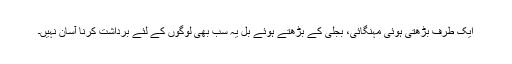
ایک طرف بڑھتی ہوئی مہنگائی، بجلی کے بڑھتے ہوئے بل یہ سب بھی لوگوں کے لئے برداشت کرنا آسان نہیں۔